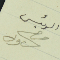
الرئيس جرجس شاول